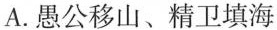
A.愚公移山、精卫填海